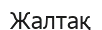
Жалтақ